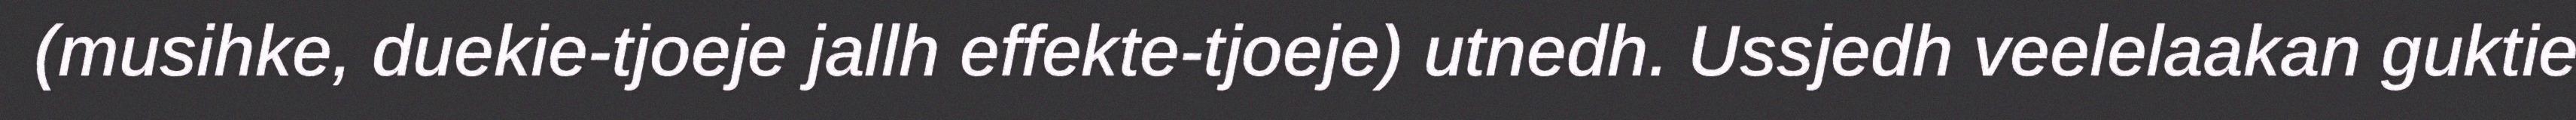
(musihke, duekie-tjoeje jallh effekte-tjoeje) utnedh. Ussjedh veelelaakan guktie